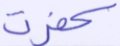
كفرت